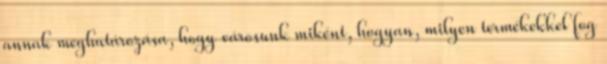
annak meghatározása, hogy városunk miként, hogyan, milyen termékekkel fog